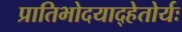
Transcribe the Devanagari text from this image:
प्रातिभोदयाद्हेतोर्यः